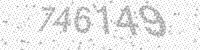
Solution: 746149